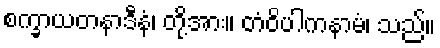
စက္ခာယတနာဒီနံ၊ တို့အား။ တံဝိပါကနာမံ၊ သည်။